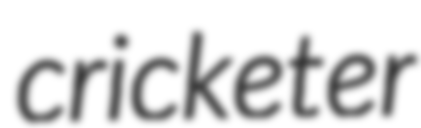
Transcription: cricketer